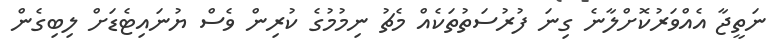
ނަތީޖާ އެއްވަރުކޮށްލާނެ ގިނަ ފުރުސަތުތަކެއް މެޗު ނިމުމުގެ ކުރިން ވެސް ޔުނައިޓެޑަށް ލިބިގެން